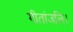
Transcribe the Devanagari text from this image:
गीतांजलि।